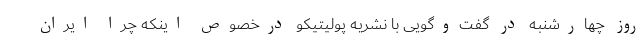
روز چهارشنبه در گفت‌وگویی با نشریه پولیتیکو درخصوص اینکه چرا ایران